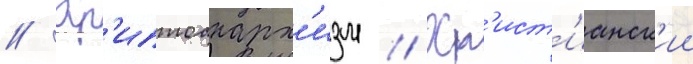
// Кр'иптоанарх'изм // Хр'ист'ианск'ии